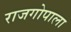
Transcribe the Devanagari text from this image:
राजगोपाला